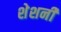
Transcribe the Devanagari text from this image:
शेशनी